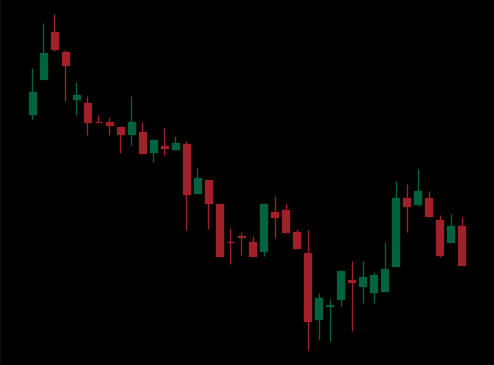
Pattern: bull_flag